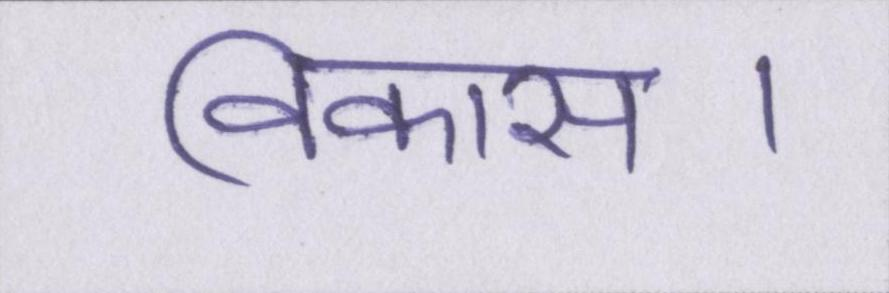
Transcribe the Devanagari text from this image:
विकास।